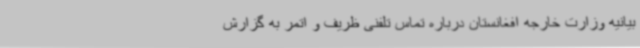
بیانیه وزارت خارجه افغانستان درباره تماس تلفنی ظریف و اتمر به گزارش